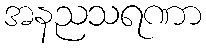
အနညသရဏာ